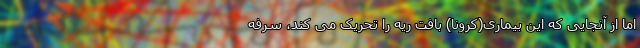
اما از آنجایی که این بیماری(کرونا) بافت ریه را تحریک می کند، سرفه